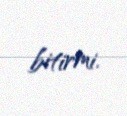
bitirmi.